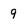
Character: 9